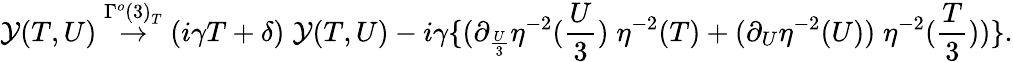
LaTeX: {\cal Y}(T,U)\stackrel{{\Gamma^{o}(3)}_{T}}{\rightarrow}(i\gamma T+\delta)\; {\cal Y}(T,U)-i\gamma\{ (\partial_{\frac{U}{3}}\eta^{-2}(\frac{U}{3})\; \eta^{-2}(T)+(\partial_{U}\eta^{-2}(U))\; \eta^{-2}(\frac{T}{3}))\} .